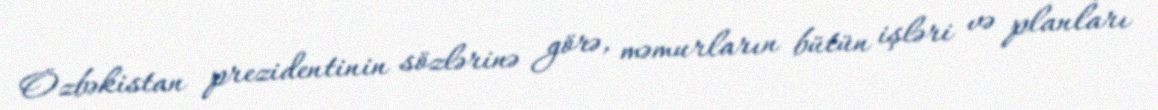
Özbəkistan prezidentinin sözlərinə görə, məmurların bütün işləri və planları